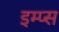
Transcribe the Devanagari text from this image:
इम्प्स